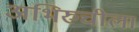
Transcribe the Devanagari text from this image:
अभिरुचीला